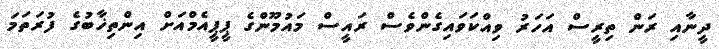
ދީނާއި ރަން ތިރީސް އަހަރު ވިއްކަވައިގެންވެސް ރައީސް މައުމޫންގެ ޕީޕީއެމްއަށް އިންތިޚާބުގެ ފުރަތަމަ